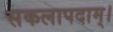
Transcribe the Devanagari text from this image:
सकलापदाम्‌।